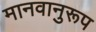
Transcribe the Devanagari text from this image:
मानवानुरूप